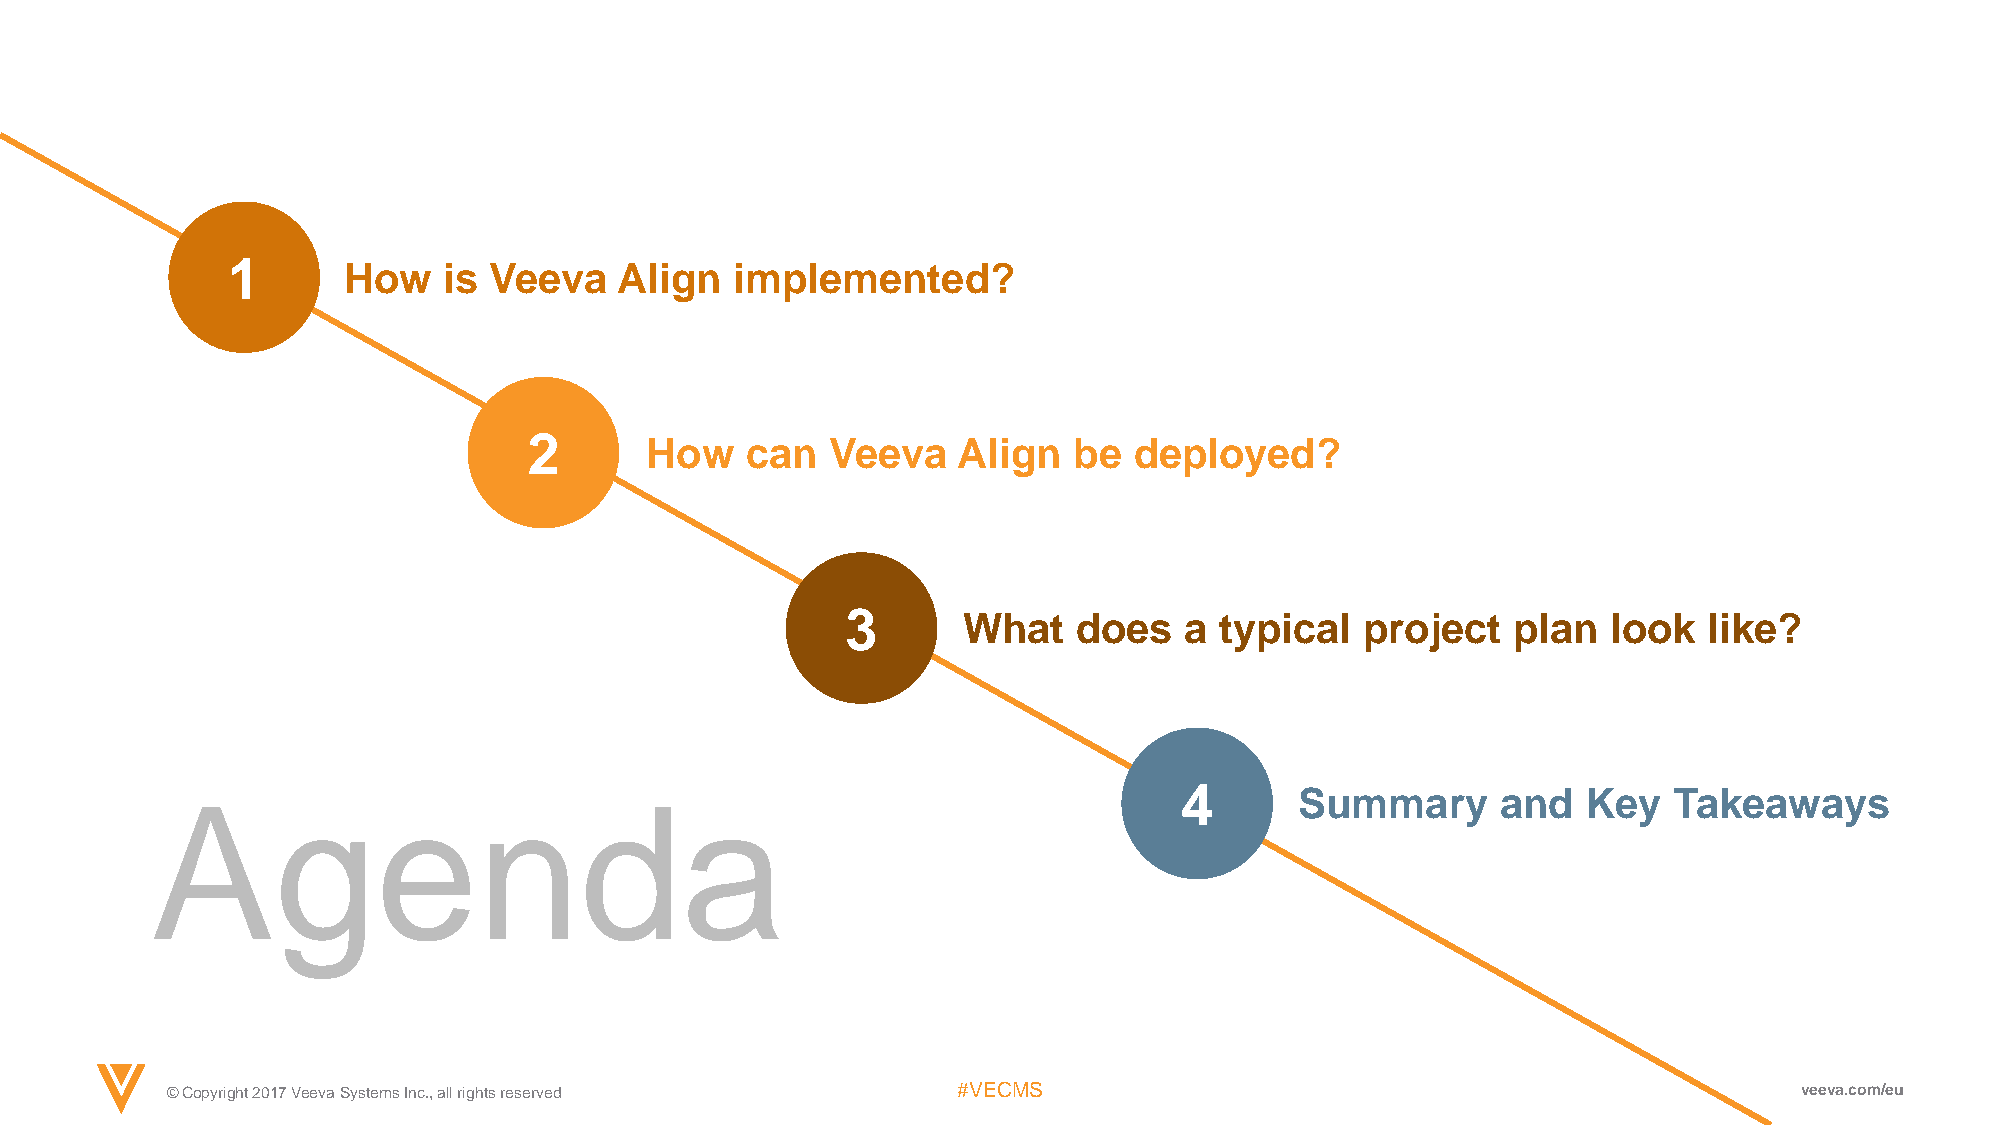
1       How   is Veeva    Align   implemented?
 2       How   can   Veeva   Align   be  deployed?
 3       What   does   a  typical  project   plan   look  like?
 4       Summary      and   Key   Takeaways
 Agenda
 © Copyright 2017 Veeva Systems Inc., all rights reserved #VECMS                                             veeva.com/eu